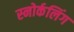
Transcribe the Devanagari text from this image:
स्‍नोर्कलिंग